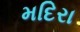
મદિરા